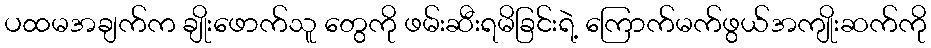
ပထမအချက်က ချိုးဖောက်သူ တွေကို ဖမ်းဆီးရမိခြင်းရဲ့ ကြောက်မက်ဖွယ်အကျိုးဆက်ကို